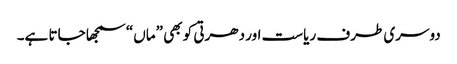
دوسری طرف ریاست اور دھرتی کو بھی ”ماں“ سمجھا جاتا ہے۔